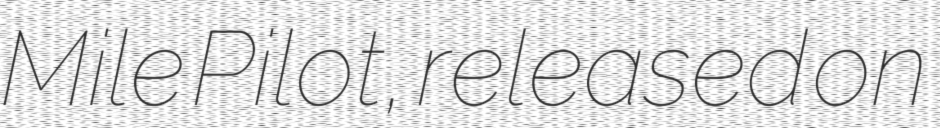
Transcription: Mile Pilot, released on